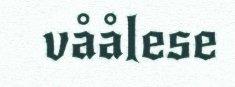
våålese